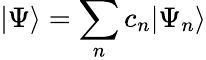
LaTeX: |\Psi\rangle=\sum_{n}c_{n}|\Psi_{n}\rangle